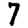
Digit: 7